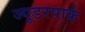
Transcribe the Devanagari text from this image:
ज्यूडरपार्क